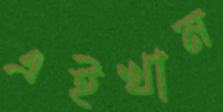
এইখান